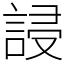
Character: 誛